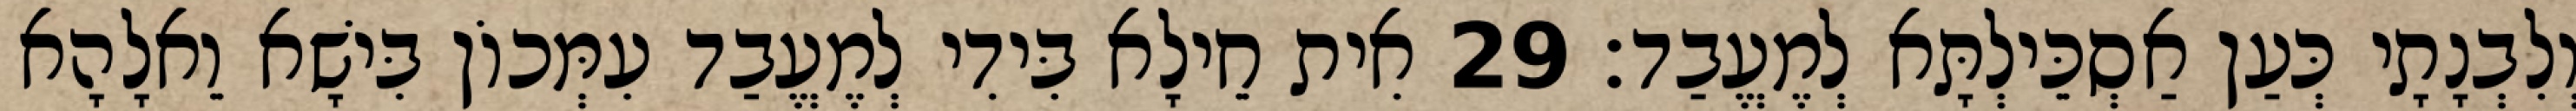
וְלִבְנָתָי כְּעַן אַסְכֵּילְתָּא לְמֶעֱבַד׃ 29 אִית חֵילָא בִּידִי לְמֶעֱבַד עִמְּכוֹן בִּישָׁא וֵאלָהָא